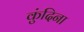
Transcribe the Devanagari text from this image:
कुंदिना